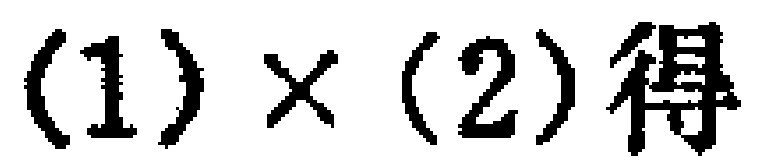
\((1)\times(2)\)得